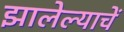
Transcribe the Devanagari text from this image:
झालेल्याचें